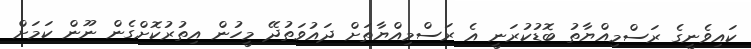
ކައިވެނީގެ ރަސްމިއްޔާތު ބޮޑުކުރަނީ އެ ރަސްމިއްޔާތަށް ދައުވަތުދޭ މީހުން އިތުރުކޮށްގެން ނޫން ކަމަށް